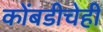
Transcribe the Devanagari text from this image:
कोंबडीचेही